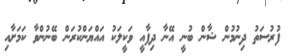
ފުރުސަތު ދިނުމުން ޝާން ބުނީ އޭނާ ދިފާއީ ވަކީލަކު އައްޔަންކުރަން ބޭނުންވާ ކަމަށާއި